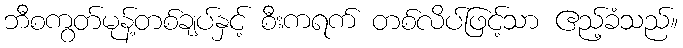
ဘီစကွတ်မုန့်တစ်ချပ်နှင့် စီးကရက် တစ်လိပ်ဖြင့်သာ ဧည့်ခံသည်။